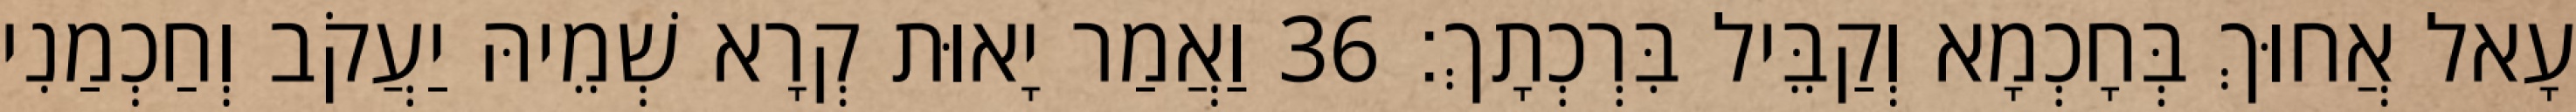
עָאל אֲחוּךְ בְּחָכְמָא וְקַבֵּיל בִּרְכְתָךְ׃ 36 וַאֲמַר יָאוּת קְרָא שְׁמֵיהּ יַעֲקֹב וְחַכְמַנִי